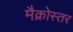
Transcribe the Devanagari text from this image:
मैक्रोस्तर